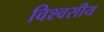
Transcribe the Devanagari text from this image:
विश्वसीय